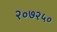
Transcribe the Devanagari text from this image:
२०७२५०